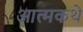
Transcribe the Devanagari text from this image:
आत्मकथे